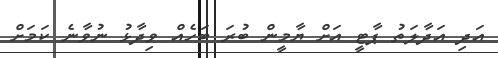
އަދި އަދާލަތު ޕާޓީ އަށް ޔާމީން ބުރަ ބަހެއް ވިދާޅު ނުވާނެ ކަމަށް